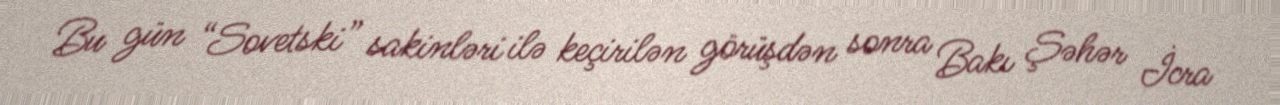
Bu gün “Sovetski” sakinləri ilə keçirilən görüşdən sonra Bakı Şəhər İcra